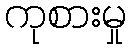
ကုစားမှု